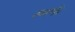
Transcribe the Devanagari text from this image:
स्मर्फ